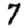
Digit: 7